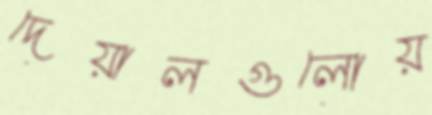
দেয়ালগুলোয়